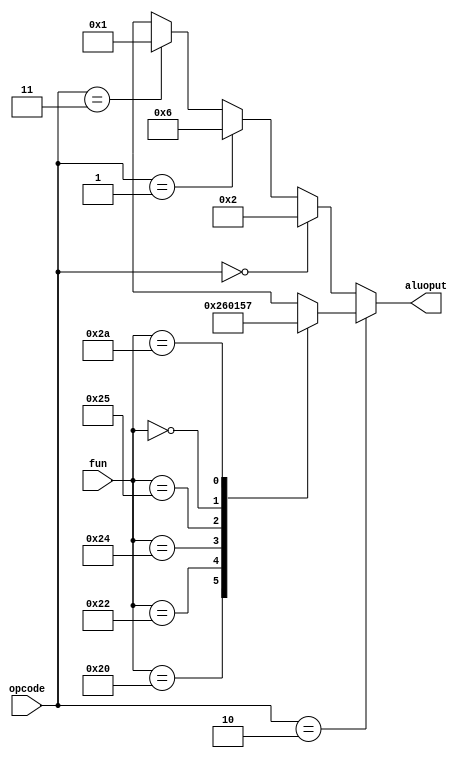
module alucontrol(fun, opcode, aluoput);
input [5:0] fun;
input [1:0] opcode;
output reg[3:0] aluoput;

always @(opcode , fun)
begin

if(opcode == 2'b10)
begin
case(fun)
//add
32:aluoput<=4'b0010;
//sub
34:aluoput<=4'b0110;
//and
36:aluoput<=4'b0000;
//or
37:aluoput<=4'b0001;
//sll
0:aluoput<=4'b0101;
//slt
42:aluoput<=4'b0111;

default:aluoput<=4'bxxxx;
endcase
end
//sw & lw &addi
else if (opcode == 2'b00)
aluoput<=4'b0010;
//branch
else if (opcode == 2'b01)
aluoput<=4'b0110;
//ori
else if (opcode == 2'b11)
aluoput<=4'b0001;
else
aluoput<=4'bxxxx;
end
endmodule